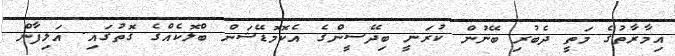
އިމާރާތުގެ މަތީ ދެބުރި ބޭނުން ކުރަނީ ބިދޭސީންގެ އެކޮމޮޑޭޝަން ބްލޮކެއްގެ ގޮތުގައި. އަލިފާން